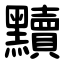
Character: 黷